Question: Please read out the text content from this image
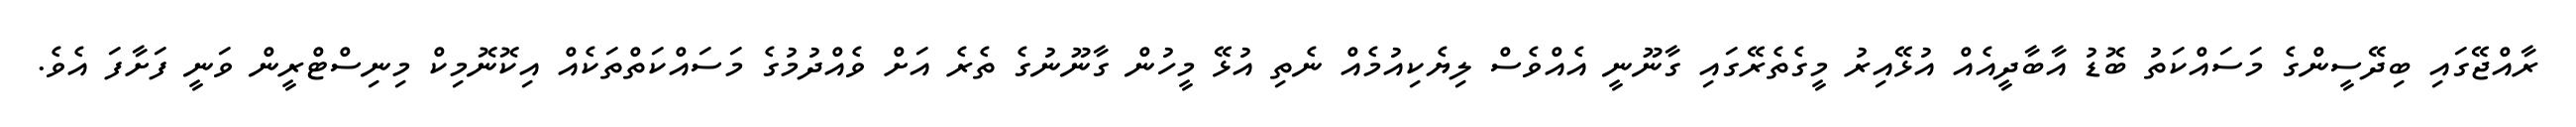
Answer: ރާއްޖޭގައި ބިދޭސީންގެ މަސައްކަތު ބޮޑު އާބާދީއެއް އުޅޭއިރު މީގެތެރޭގައި ގާނޫނީ އެއްވެސް ލިޔެކިއުމެއް ނެތި އުޅޭ މީހުން ގާނޫނުގެ ތެރެ އަށް ވެއްދުމުގެ މަސައްކަތްތަކެއް އިކޮނޮމިކް މިނިސްޓްރީން ވަނީ ފަށާފަ އެވެ.